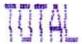
TOTAL